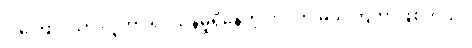
ဒါကြောင့်သာ လူဟာ ရှင်သန်မှုရှိနေတဲ့ ဘဝကို မသိကြတာဖြစ်တယ်။